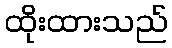
ထိုးထားသည်